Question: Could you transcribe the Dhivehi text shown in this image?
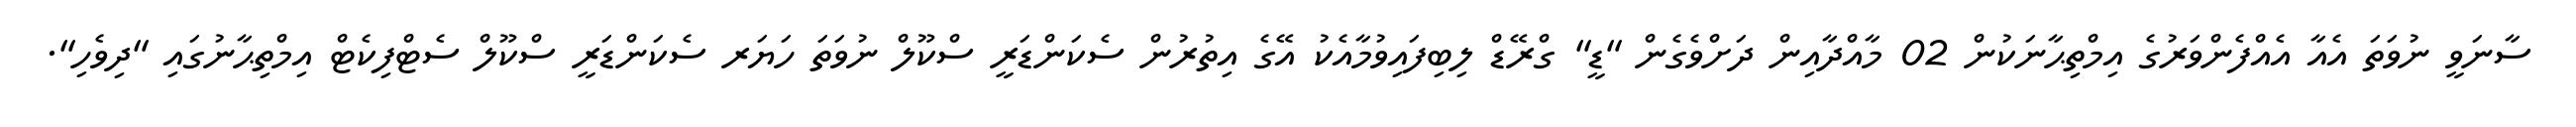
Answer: ސާނަވީ ނުވަތަ އެއާ އެއްފެންވަރުގެ އިމްތިޙާނަކުން 02 މާއްދާއިން ދަށްވެގެން "ޑީ" ގްރޭޑް ލިބިފައިވުމާއެކު އޭގެ އިތުރުން ސެކަންޑަރީ ސްކޫލް ނުވަތަ ހަޔަރ ސެކަންޑަރީ ސްކޫލް ސެޓްފިކެޓް އިމްތިޙާނުގައި "ދިވެހި".